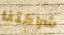
شراكتنا